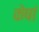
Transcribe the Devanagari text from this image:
केषां